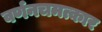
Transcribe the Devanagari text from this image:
वर्णनचमत्कार